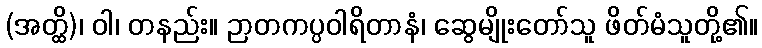
(အတ္ထိ)၊ ဝါ၊ တနည်း။ ဉာတကပ္ပဝါရိတာနံ၊ ဆွေမျိုးတော်သူ ဖိတ်မံသူတို့၏။